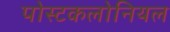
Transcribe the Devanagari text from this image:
पोस्टकलोनियल